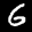
Label: 6